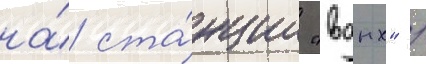
на́ ста́нции "вднх" /